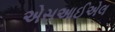
એસઆઈએલ